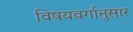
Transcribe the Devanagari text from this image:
विषयवर्गानुसार